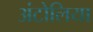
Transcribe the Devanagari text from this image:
अंटोलिया